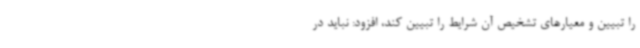
را تبیین و معیارهای تشخیص آن شرایط را تبیین کند، افزود: نباید در